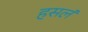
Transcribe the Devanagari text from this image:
हसलं